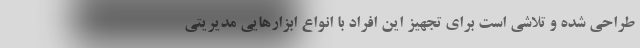
طراحی شده و تلاشی است برای تجهیز این افراد با انواع ابزارهایی مدیریتی